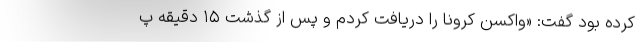
کرده بود گفت: «واکسن کرونا را دریافت کردم و پس از گذشت ۱۵ دقیقه پ